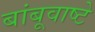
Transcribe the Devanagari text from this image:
बांबूवाष्टे